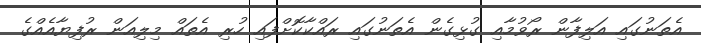
އެތަނުގައި އަލިފާން ރޯވުމާއި ގުޅިގެން އެތަނުގައި ރައްކާކޮށްފައި ހުރި އެތައް މިލިއަން ރުފިޔާއެއްގެ